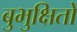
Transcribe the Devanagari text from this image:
बुभुक्षितों